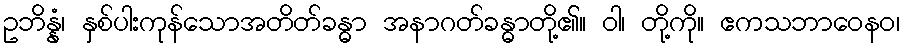
ဥဘိန္နံ၊ နှစ်ပါးကုန်သောအတိတ်ခန္ဓာ အနာဂတ်ခန္ဓာတို့၏။ ဝါ၊ တို့ကို။ ဧကသဘာဝေနဝ၊